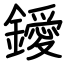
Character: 鑀